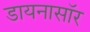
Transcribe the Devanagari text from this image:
डायनासॉर